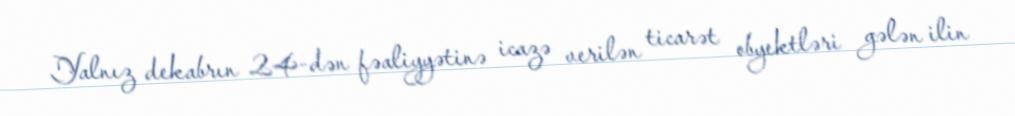
Yalnız dekabrın 24-dən fəaliyyətinə icazə verilən ticarət obyektləri gələn ilin